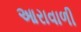
આરાવાળી